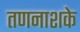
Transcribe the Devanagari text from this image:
तणनाशके